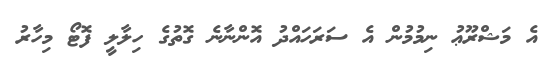
އެ މަޝްރޫޢު ނިމުމުން އެ ސަރަހައްދު އޮންނާނެ ގޮތުގެ ހިލާލީ ފޮޓޯ މިހާރު